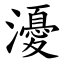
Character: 瀀